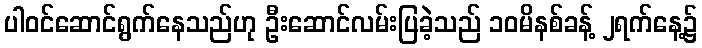
ပါဝင်ဆောင်ရွက်နေသည်ဟု ဦးဆောင်လမ်းပြခဲ့သည် ၁၀မိနစ်ခန့် ၂ရက်နေ့၌